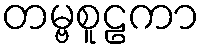
တမ္ဗစူဠကာ